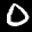
Label: 0